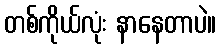
တစ်ကိုယ်လုံး နာနေတာပဲ။